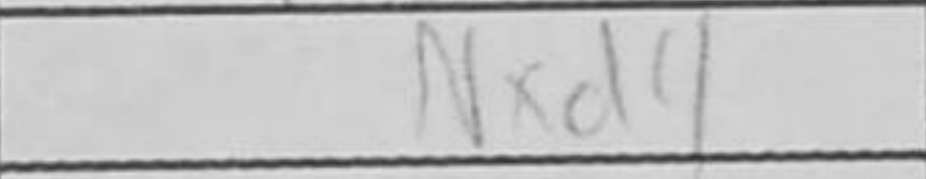
Transcription: Nxd4